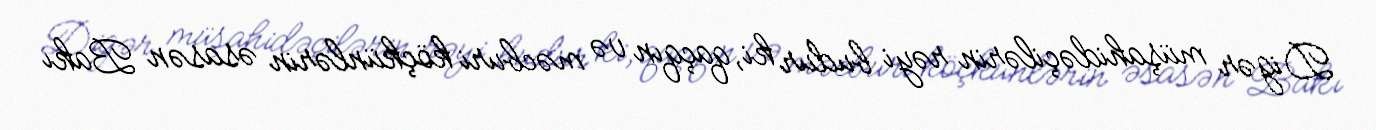
Digər müşahidəçilərin rəyi budur ki, qaçqın və məcburi köçkünlərin əsasən Bakı